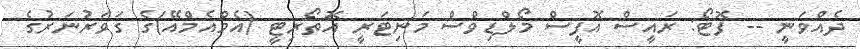
ދެއްވަނީ -- ފޮޓޯ: ރައީސް އޮފީސް މޯލްޑިވްސް މަނިޓަރީ އޮތޯރިޓީ (އެމްއެމްއޭ)ގެ ގަވަރުނަރުގެ